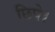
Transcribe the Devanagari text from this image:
छिपे।